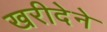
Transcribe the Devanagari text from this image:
खरीदेने